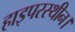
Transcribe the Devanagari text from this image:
हाइपरस्थीन।